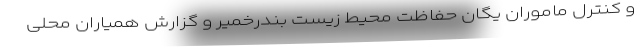
و کنترل ماموران یگان حفاظت محیط زیست بندرخمیر و گزارش همیاران محلی